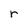
Character: r